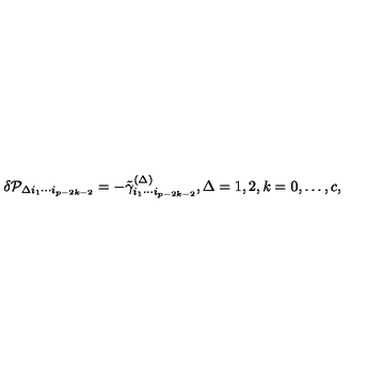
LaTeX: \delta { \cal P } _ { \Delta i _ { 1 } \cdots i _ { p - 2 k - 2 } } = - \tilde { \gamma } _ { i _ { 1 } \cdots i _ { p - 2 k - 2 } } ^ { ( \Delta ) } , \Delta = 1 , 2 , k = 0 , \ldots , c ,